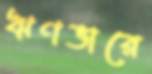
ঋণভারে